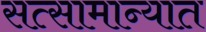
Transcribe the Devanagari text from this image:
सत्सामान्यात